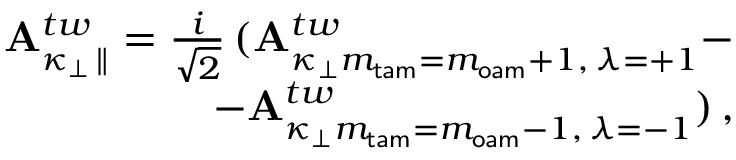
\begin{array} { r } { { \bf A } _ { \kappa _ { \perp } \, \parallel } ^ { t w } = \frac { i } { \sqrt { 2 } } \, ( { \bf A } _ { \kappa _ { \perp } m _ { \mathsf { t a m } } = m _ { \mathsf { o a m } } + 1 , \, \lambda = + 1 } ^ { t w } - } \\ { - { \bf A } _ { \kappa _ { \perp } m _ { \mathsf { t a m } } = m _ { \mathsf { o a m } } - 1 , \, \lambda = - 1 } ^ { t w } ) \, , } \end{array}